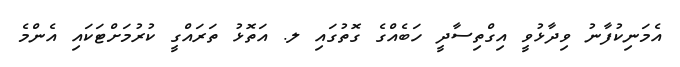
އެމަނިކުފާނު ވިދާޅުވީ އިގްތިސާދީ ހަބެއްގެ ގޮތުގައި ލ. އަތޮޅު ތަރައްގީ ކުރުމަށްޓަކައި އެންމެ